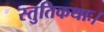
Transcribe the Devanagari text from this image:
स्तुतिकथाः।